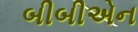
બીબીએન